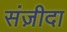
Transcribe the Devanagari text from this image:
संज़ीदा